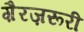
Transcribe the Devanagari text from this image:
ग़ैरज़रूरी